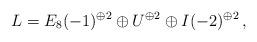
LaTeX: \begin{align*}L = E_8(-1)^{\oplus 2} \oplus U^{\oplus 2} \oplus I(-2)^{\oplus 2}\, ,\end{align*}